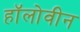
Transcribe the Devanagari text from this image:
हॉलोवीन